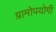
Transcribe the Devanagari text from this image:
ग्रामोपयोगी